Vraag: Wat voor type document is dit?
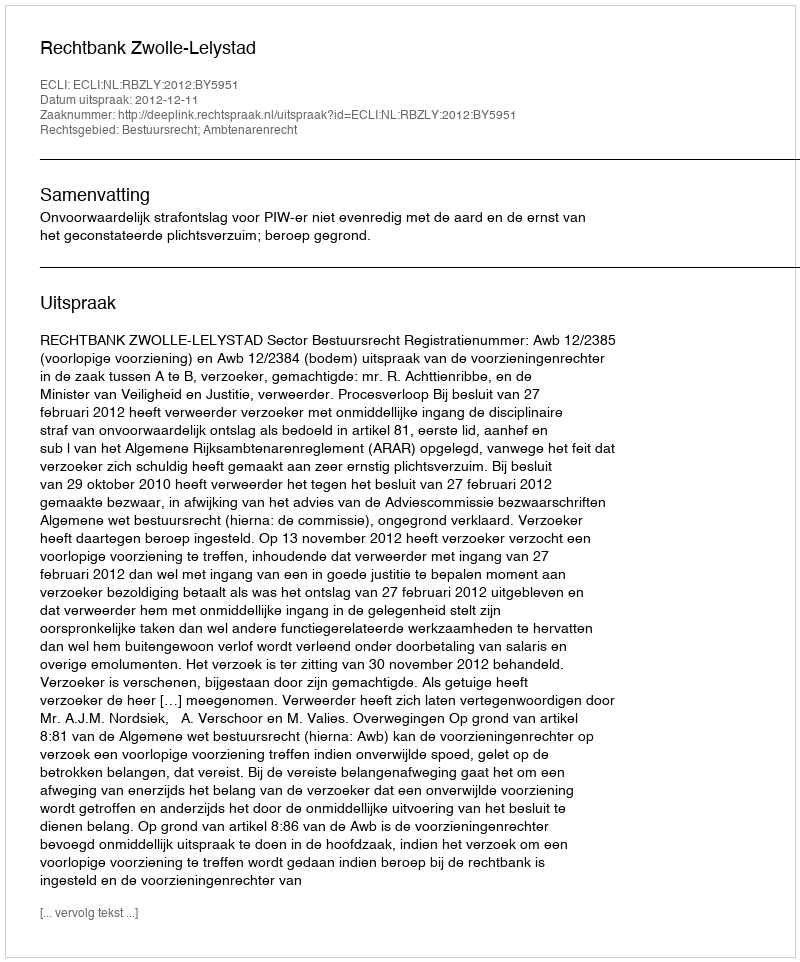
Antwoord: Uitspraak